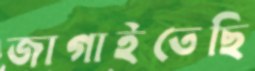
জাগাইতেছি